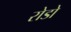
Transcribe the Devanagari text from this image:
रोडो